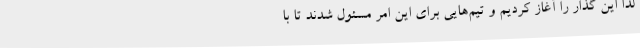
لذا این گذار را آغاز کردیم و تیم‌هایی برای این امر مسئول شدند تا با